Civil Veterinary Department. Madras. Admin. report 1926-33 - 1926-1933
Year: 1926
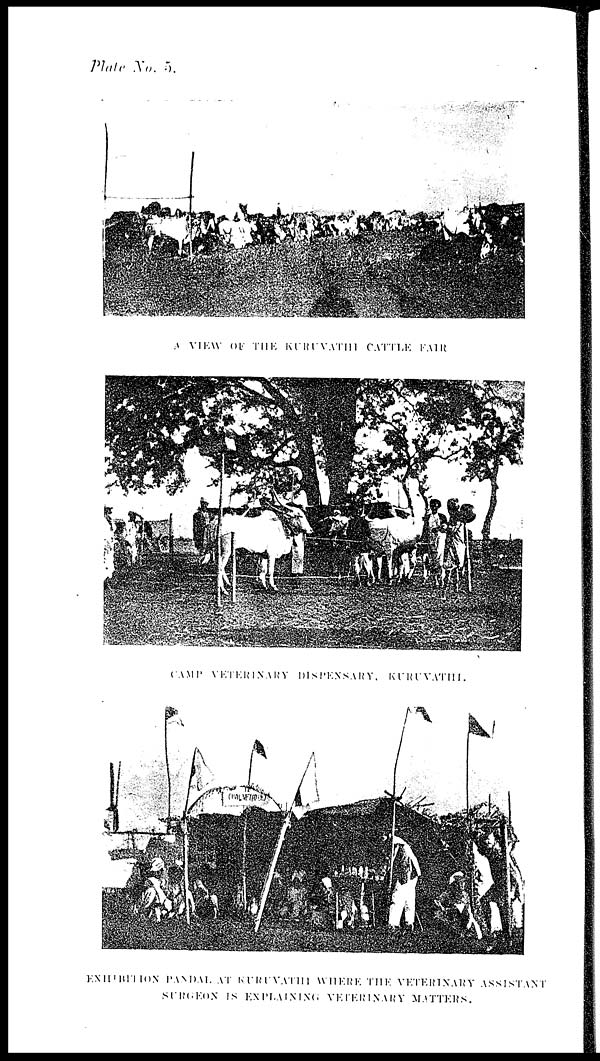
Plate No. 5.
A VIEW OF THE KURUVATHI CATTLE FAIR
CAMP VETERINARY DISPENSARY, KURUVATHI.
EXHIBITION PANDAL AT KURUVATHI WHERE THE VETTERINARY ASSISTANT
SURGEON
IS
EXPLAINING
VETERINARY MATTERS.